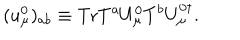
( u _ { \mu } ^ { 0 } ) _ { { a b } } \equiv \mathrm { T r } T ^ { a } U _ { \mu } ^ { 0 } T ^ { b } U _ { \mu } ^ { 0 \dagger } .